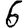
Digit: 6